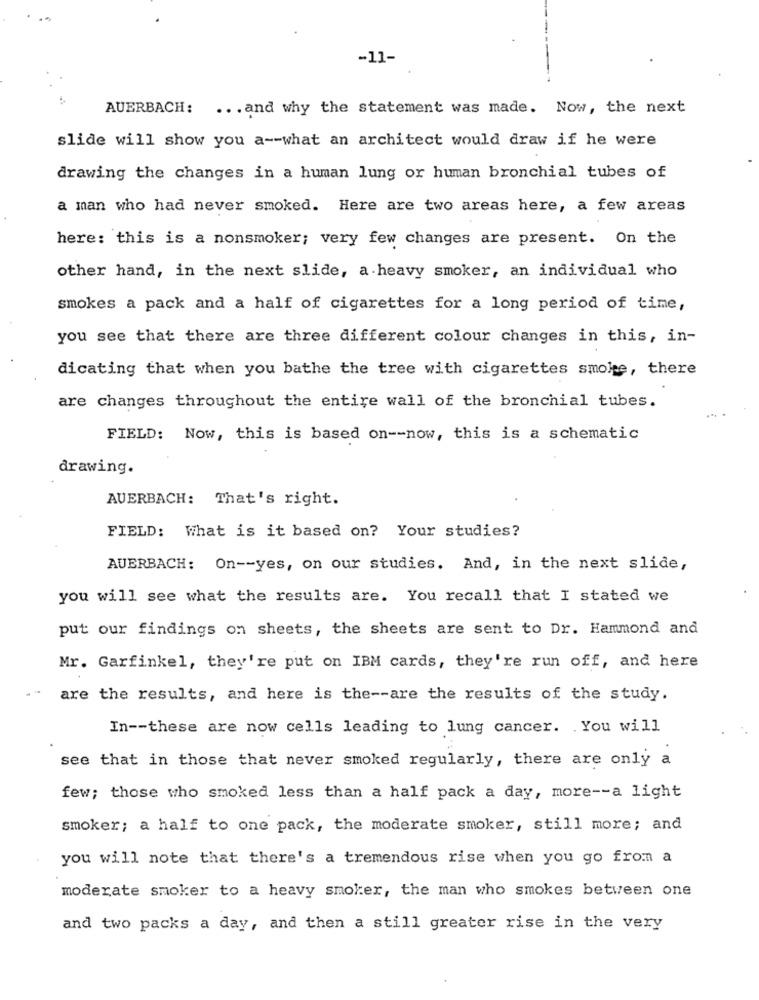
-11-
AUERBACH: ... and why the statement was made. Now, the next
slide will show you a -- what an architect would draw if he were
drawing the changes in a human lung or human bronchial tubes of
a man who had never smoked. Here are two areas here, a few areas
here: this is a nonsmoker; very few changes are present. On the
other hand, in the next slide, a heavy smoker, an individual who
smokes a pack and a half of cigarettes for a long period of time,
you see that there are three different colour changes in this, in-
dicating that when you bathe the tree with cigarettes smoke, there
are changes throughout the entire wall of the bronchial tubes.
FIELD: Now, this is based on -- now, this is a schematic
drawing.
AUERBACH: That's right.
FIELD: What is it based on? Your studies?
AUERBACH: On -- yes, on our studies. And, in the next slide,
you will see what the results are. You recall that I stated we
put our findings on sheets, the sheets are sent to Dr. Hammond and
Mr. Garfinkel, they're put on IBM cards, they're run off, and here
are the results, and here is the -- are the results of the study.
In -- these are now cells leading to lung cancer. You will
see that in those that never smoked regularly, there are only a
few; those who smoked less than a half pack a day, more -- a light
smoker; a half to one pack, the moderate smoker, still more; and
you will note that there's a tremendous rise when you go from a
moderate smoker to a heavy smoker, the man who smokes between one
and two packs a day, and then a still greater rise in the very